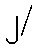
၂/